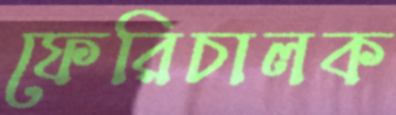
ফেরিচালক